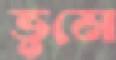
ভুমে